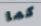
كما